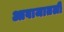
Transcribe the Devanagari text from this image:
आवाजातली